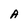
Character: A